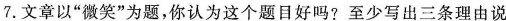
7.文章以“微笑”为题，你认为这个题目好吗？至少写出三条理由说